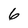
Character: 6